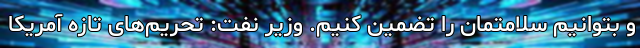
و بتوانیم سلامتمان را تضمین کنیم. وزیر نفت: تحریم‌های تازه آمریکا